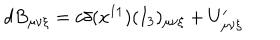
LaTeX: d B _ { \mu \nu \xi } = c \delta ( x ^ { 1 1 } ) ( I _ { 3 } ) _ { \mu \nu \xi } + U _ { \mu \nu \xi } ^ { \prime }